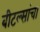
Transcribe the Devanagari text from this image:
बीटल्सांचा